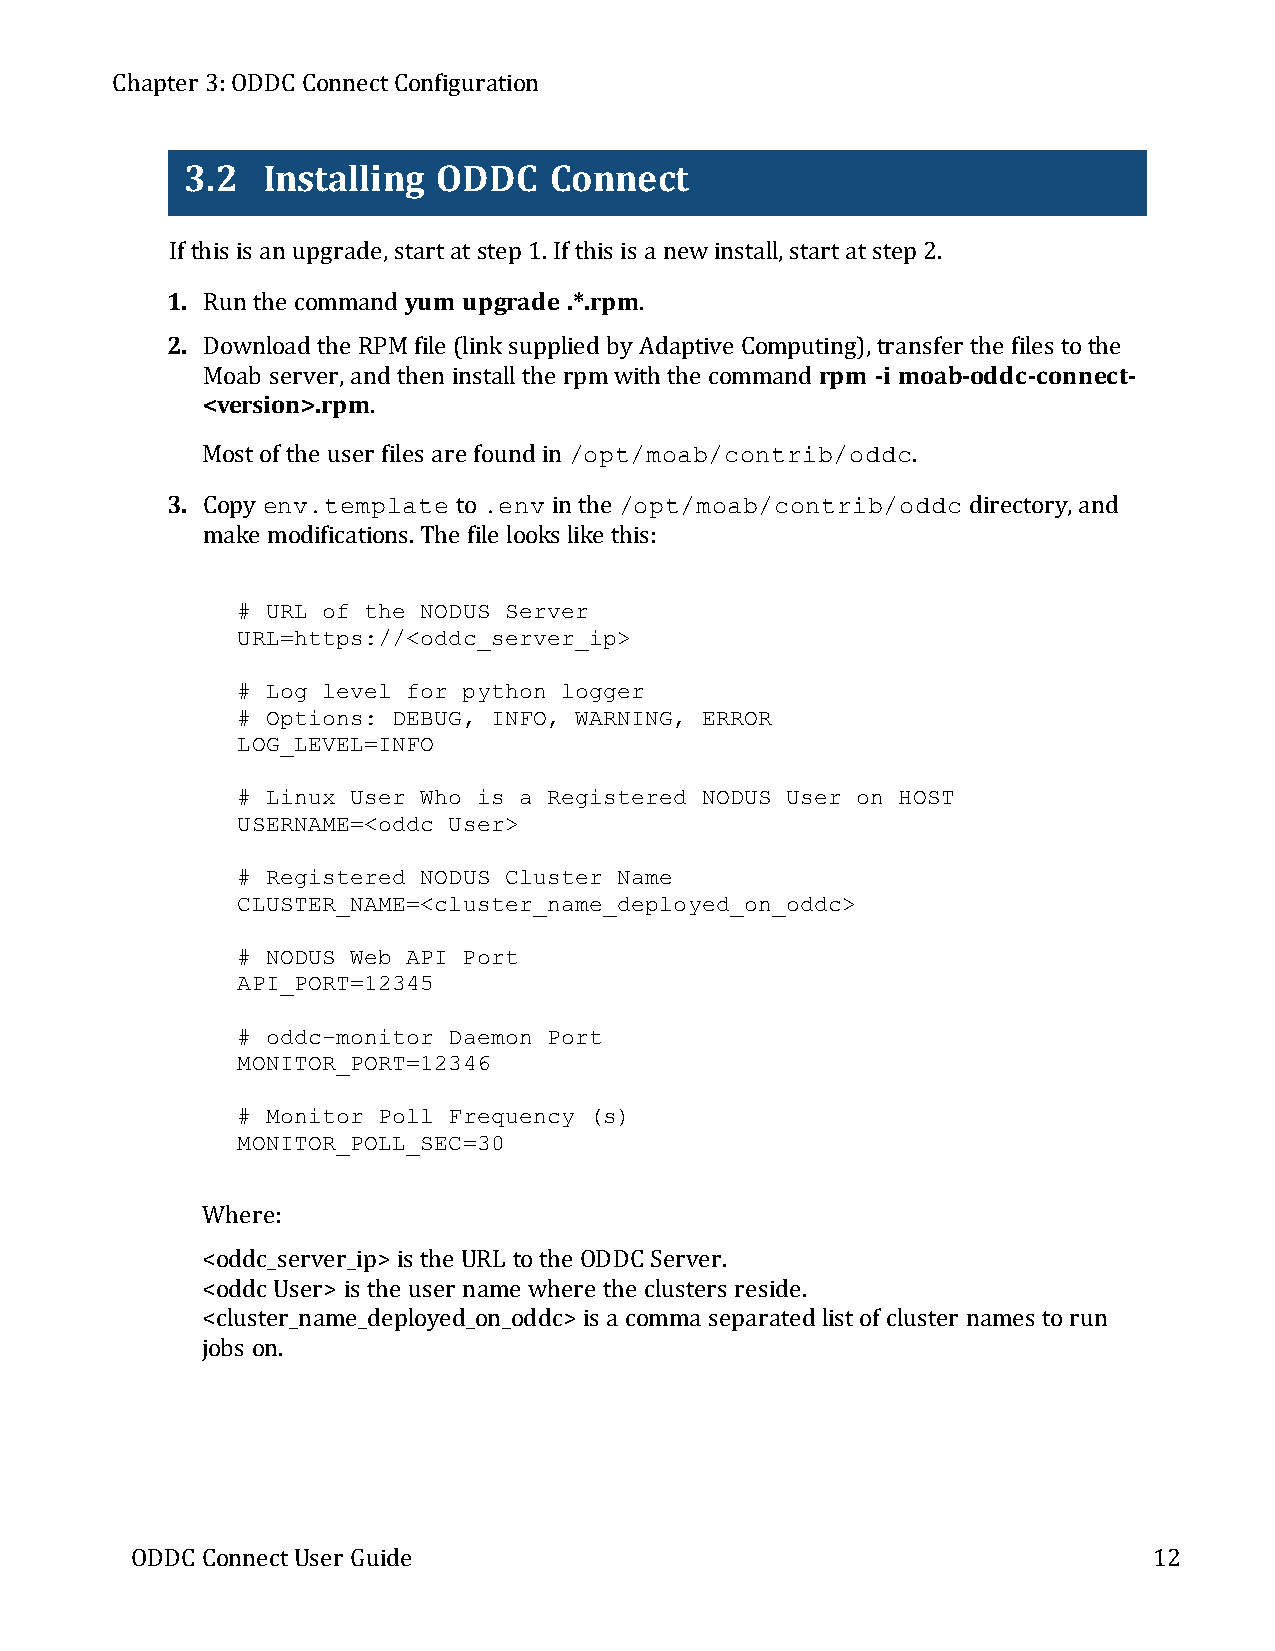
Chapter 3:ODDC ConnectConfiguration
 3.2  Installing  ODDC   Connect
 If this is an upgrade,startatstep 1.If this is a newinstall,startatstep 2.
 1. Run the command yum upgrade .*.rpm.
 2. Download the RPMfile (linksupplied byAdaptive Computing),transfer the files tothe
 Moab server,and then installthe rpmwith the command rpm -i moab-oddc-connect-
 <version>.rpm.
 Mostof the user files are found in /opt/moab/contrib/oddc.
 3. Copy env.template to .env in the /opt/moab/contrib/oddc directory,and
 make modifications.The file looks like this:
 # URL of the NODUS Server
 URL=https://<oddc_server_ip>
 # Log level for python logger
 # Options: DEBUG, INFO, WARNING, ERROR
 LOG_LEVEL=INFO
 # Linux User Who is a Registered NODUS User on HOST
 USERNAME=<oddc User>
 # Registered NODUS Cluster Name
 CLUSTER_NAME=<cluster_name_deployed_on_oddc>
 # NODUS Web API Port
 API_PORT=12345
 # oddc-monitor Daemon Port
 MONITOR_PORT=12346
 # Monitor Poll Frequency (s)
 MONITOR_POLL_SEC=30
 Where:
 <oddc_server_ip> is the URL tothe ODDC Server.
 <oddcUser> is the user name where the clusters reside.
 <cluster_name_deployed_on_oddc> is a comma separated listof cluster names torun
 jobs on.
 ODDC ConnectUser Guide                                             12